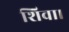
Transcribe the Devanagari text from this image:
शिवा।